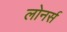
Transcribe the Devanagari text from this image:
लोनर्स